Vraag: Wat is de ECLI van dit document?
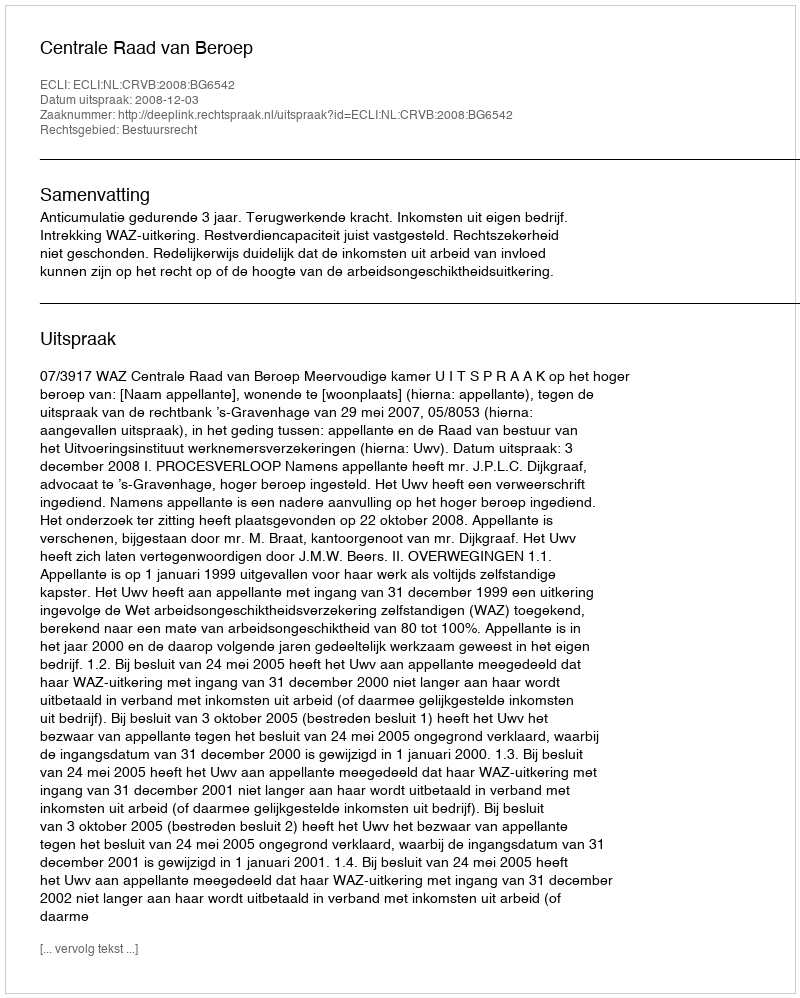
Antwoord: ECLI:NL:CRVB:2008:BG6542